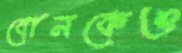
বোনকেও